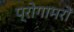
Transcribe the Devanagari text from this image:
प्रोगामरों